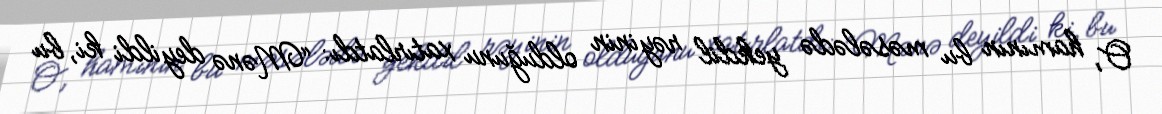
O, hamının bu məsələdə yekdil rəyinin olduğunu xatırlatdı: “Mənə deyildi ki, bu